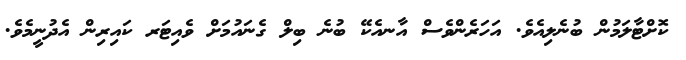
ކޮށްޓާލަމުން ބުނެލިއެވެ. އަހަރެންވެސް އާނއެކޭ ބުނެ ބިލް ގެނައުމަށް ވެއިޓަރ ކައިރިން އެދުނީމެވެ.